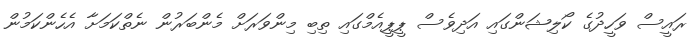
ރައީސް ވަހީދުގެ ކޯލިޝަންގައި އަދިވެސް ޕީޕީއެމްގައި ތިބި މިންވަރަށް މެންބަރުން ނެތްކަމަށާ އެހެންކަމުން